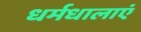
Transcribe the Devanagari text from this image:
धर्मधालाएं